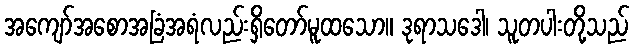
အကျော်အစောအခြံအရံလည်းရှိတော်မူထသော။ ဒုရာသဒေါ၊ သူတပါးတို့သည်